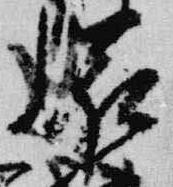
滋